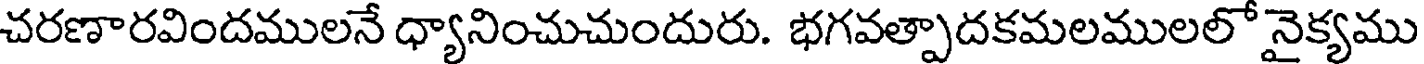
చరణారవిందములనే ధ్యానించుచుందురు. భగవత్పాదకమలములలో నైక్యము